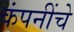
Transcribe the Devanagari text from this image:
कंपनींचे